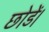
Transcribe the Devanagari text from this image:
छोडें।